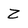
Character: Z